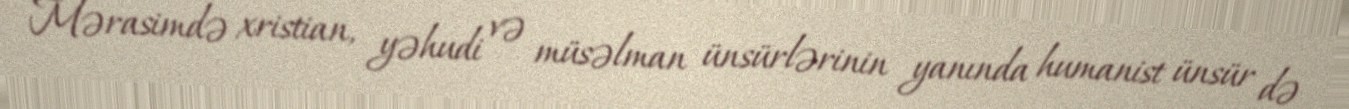
Mərasimdə xristian, yəhudi və müsəlman ünsürlərinin yanında humanist ünsür də